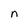
Character: n